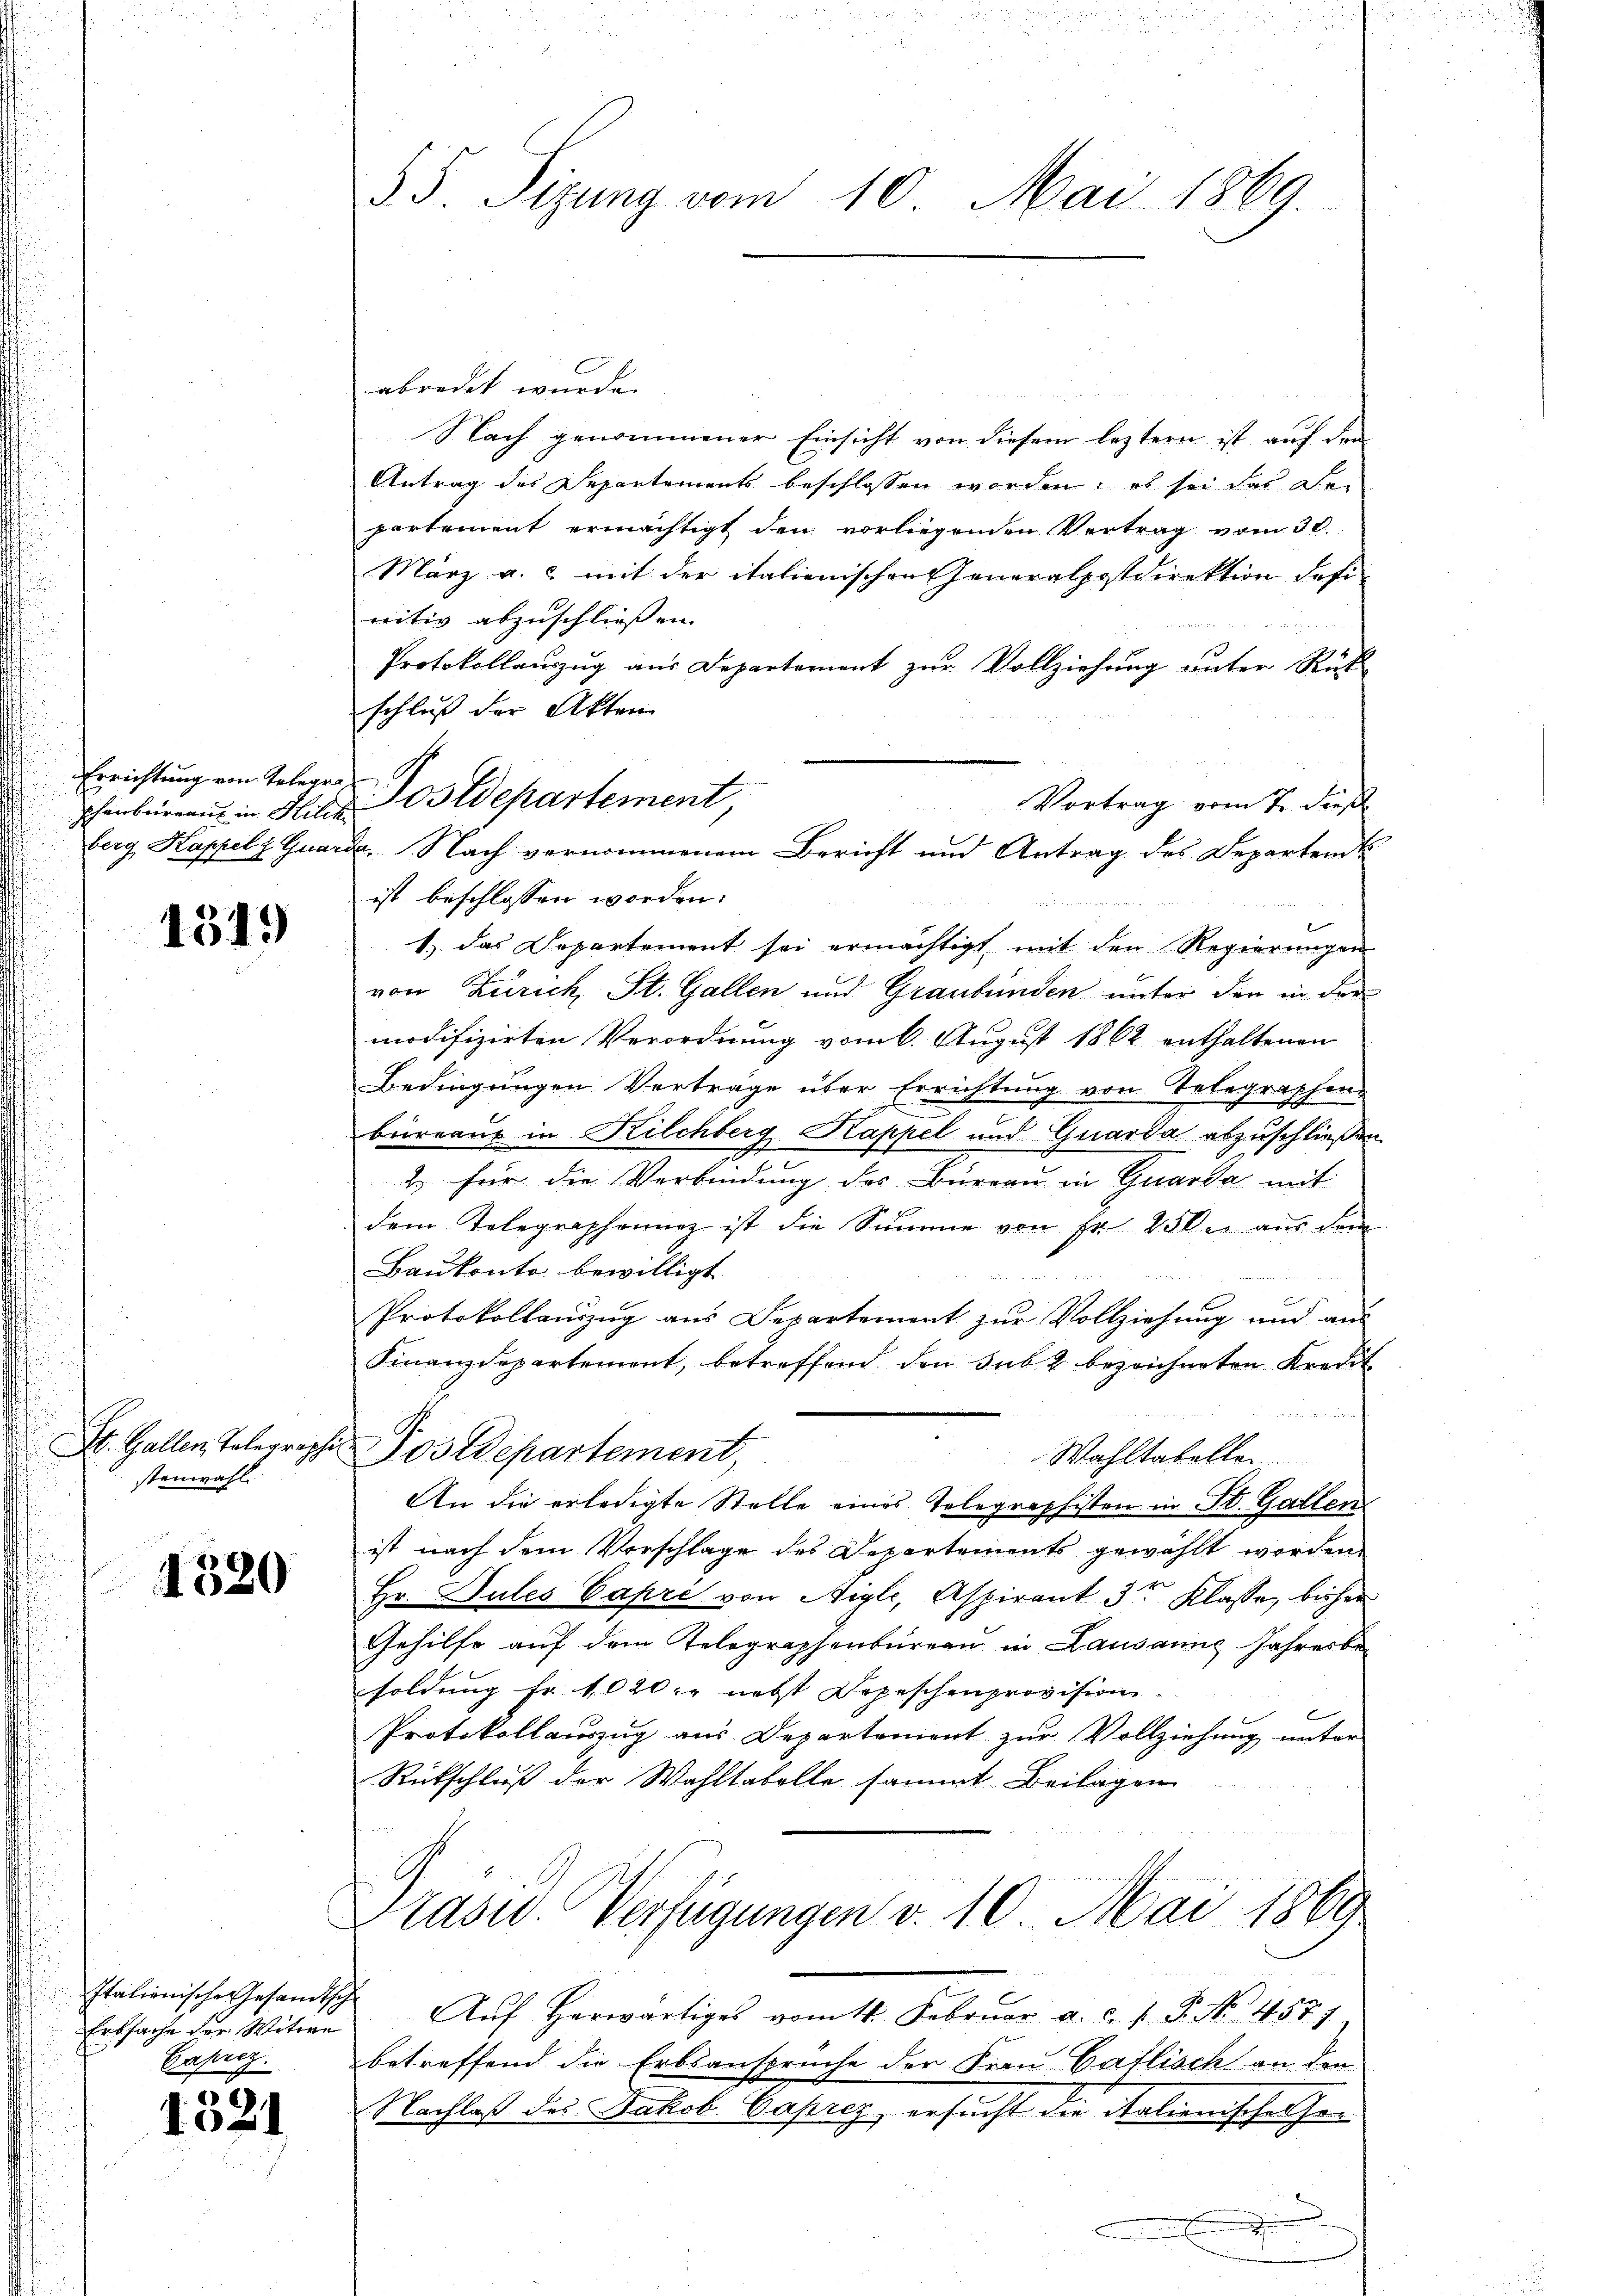
Errichtung von Telegra¬

1319

St. Gallen Telegraphe
stenwahl.

1520

Italionische Gesandtsch
Erbsache der Witwe
Caprez.

1521

f

55. Sizung vom 10. Mai 1869.

schenbüreaŭ in Hilf Ostdepartement,
berg, Kappel z Guarde. Nach vernommenem Bericht und Antrag des Departent

abredet wurde.

Nach genommener Einsicht von diesem leztern ist auf den
Antrag des Departements beschlossen worden; es sei das Departement ermächtigt den vorliegenden Vertrag vom 30.
März a. c. mit der italienischen Generalpostdirektion defi
nitiv abzuschließen.
Protokollauszug aus Departement zur Vollziehung unter Rück
schluß der Akten
Vortrag vom 7. dieß
ist beschlossen worden.
e
1.) das Departement sei ermächtigt, mit den Regierungen
von Zürich, St. Gallen und Graubünden unter den in der
modifizirten Verordnung vom 6. August 1862 enthaltenen
Bedingungen Verträge über Errichtung von Telegraphen
büreaus in Kilchberg Kappel und Quarda abzuschließen
2. für die Verbindung des Büreau in Quarta mit
dem Telegraphennez ist die Summe von Fr. 25kr. aus dem
Baukonto bewilligt
Protokollauszug aus Departement zur Vollziehung und aus
Finanzdepartement, betreffend, den sub 2 bezeichneten Kredit
Postdepartement,
Wahltabelle
An die erledigte Stelle eines Telegraphisten in St. Gallen
ist nach dem Vorschlage des Departements gewählt worden
Hr. Sules Capri von Aigle, Aspirant 3tr Klasse, bisher
Gehilfe auf dem Telegraphenbureau in Lausanne Jahresbesoldung Fr. 1020. nebst Depeschenprovision.
b
Protokollauszug aus Departement zur Vollziehung unter
Rückschluß der Wahltabelle sammt Beilagen
Prasw. Verfügungen v. 10. Mai 1869
Aŭf herwärtiges vom 4. Febrŭar a. c. J. P. Nr. 4577
betreffend die Erbsansprüche der Frau Gallisch an den
Nachlaß des Jakob Caprez ersucht die italienisches Gex